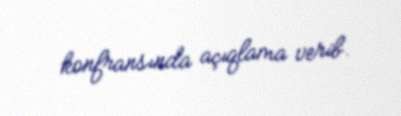
konfransında açıqlama verib.